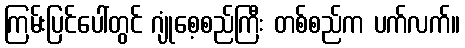
ကြမ်းပြင်ပေါ်တွင် ဂျုံစေ့စည်ကြီး တစ်စည်က ပက်လက်။